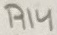
Text: R14